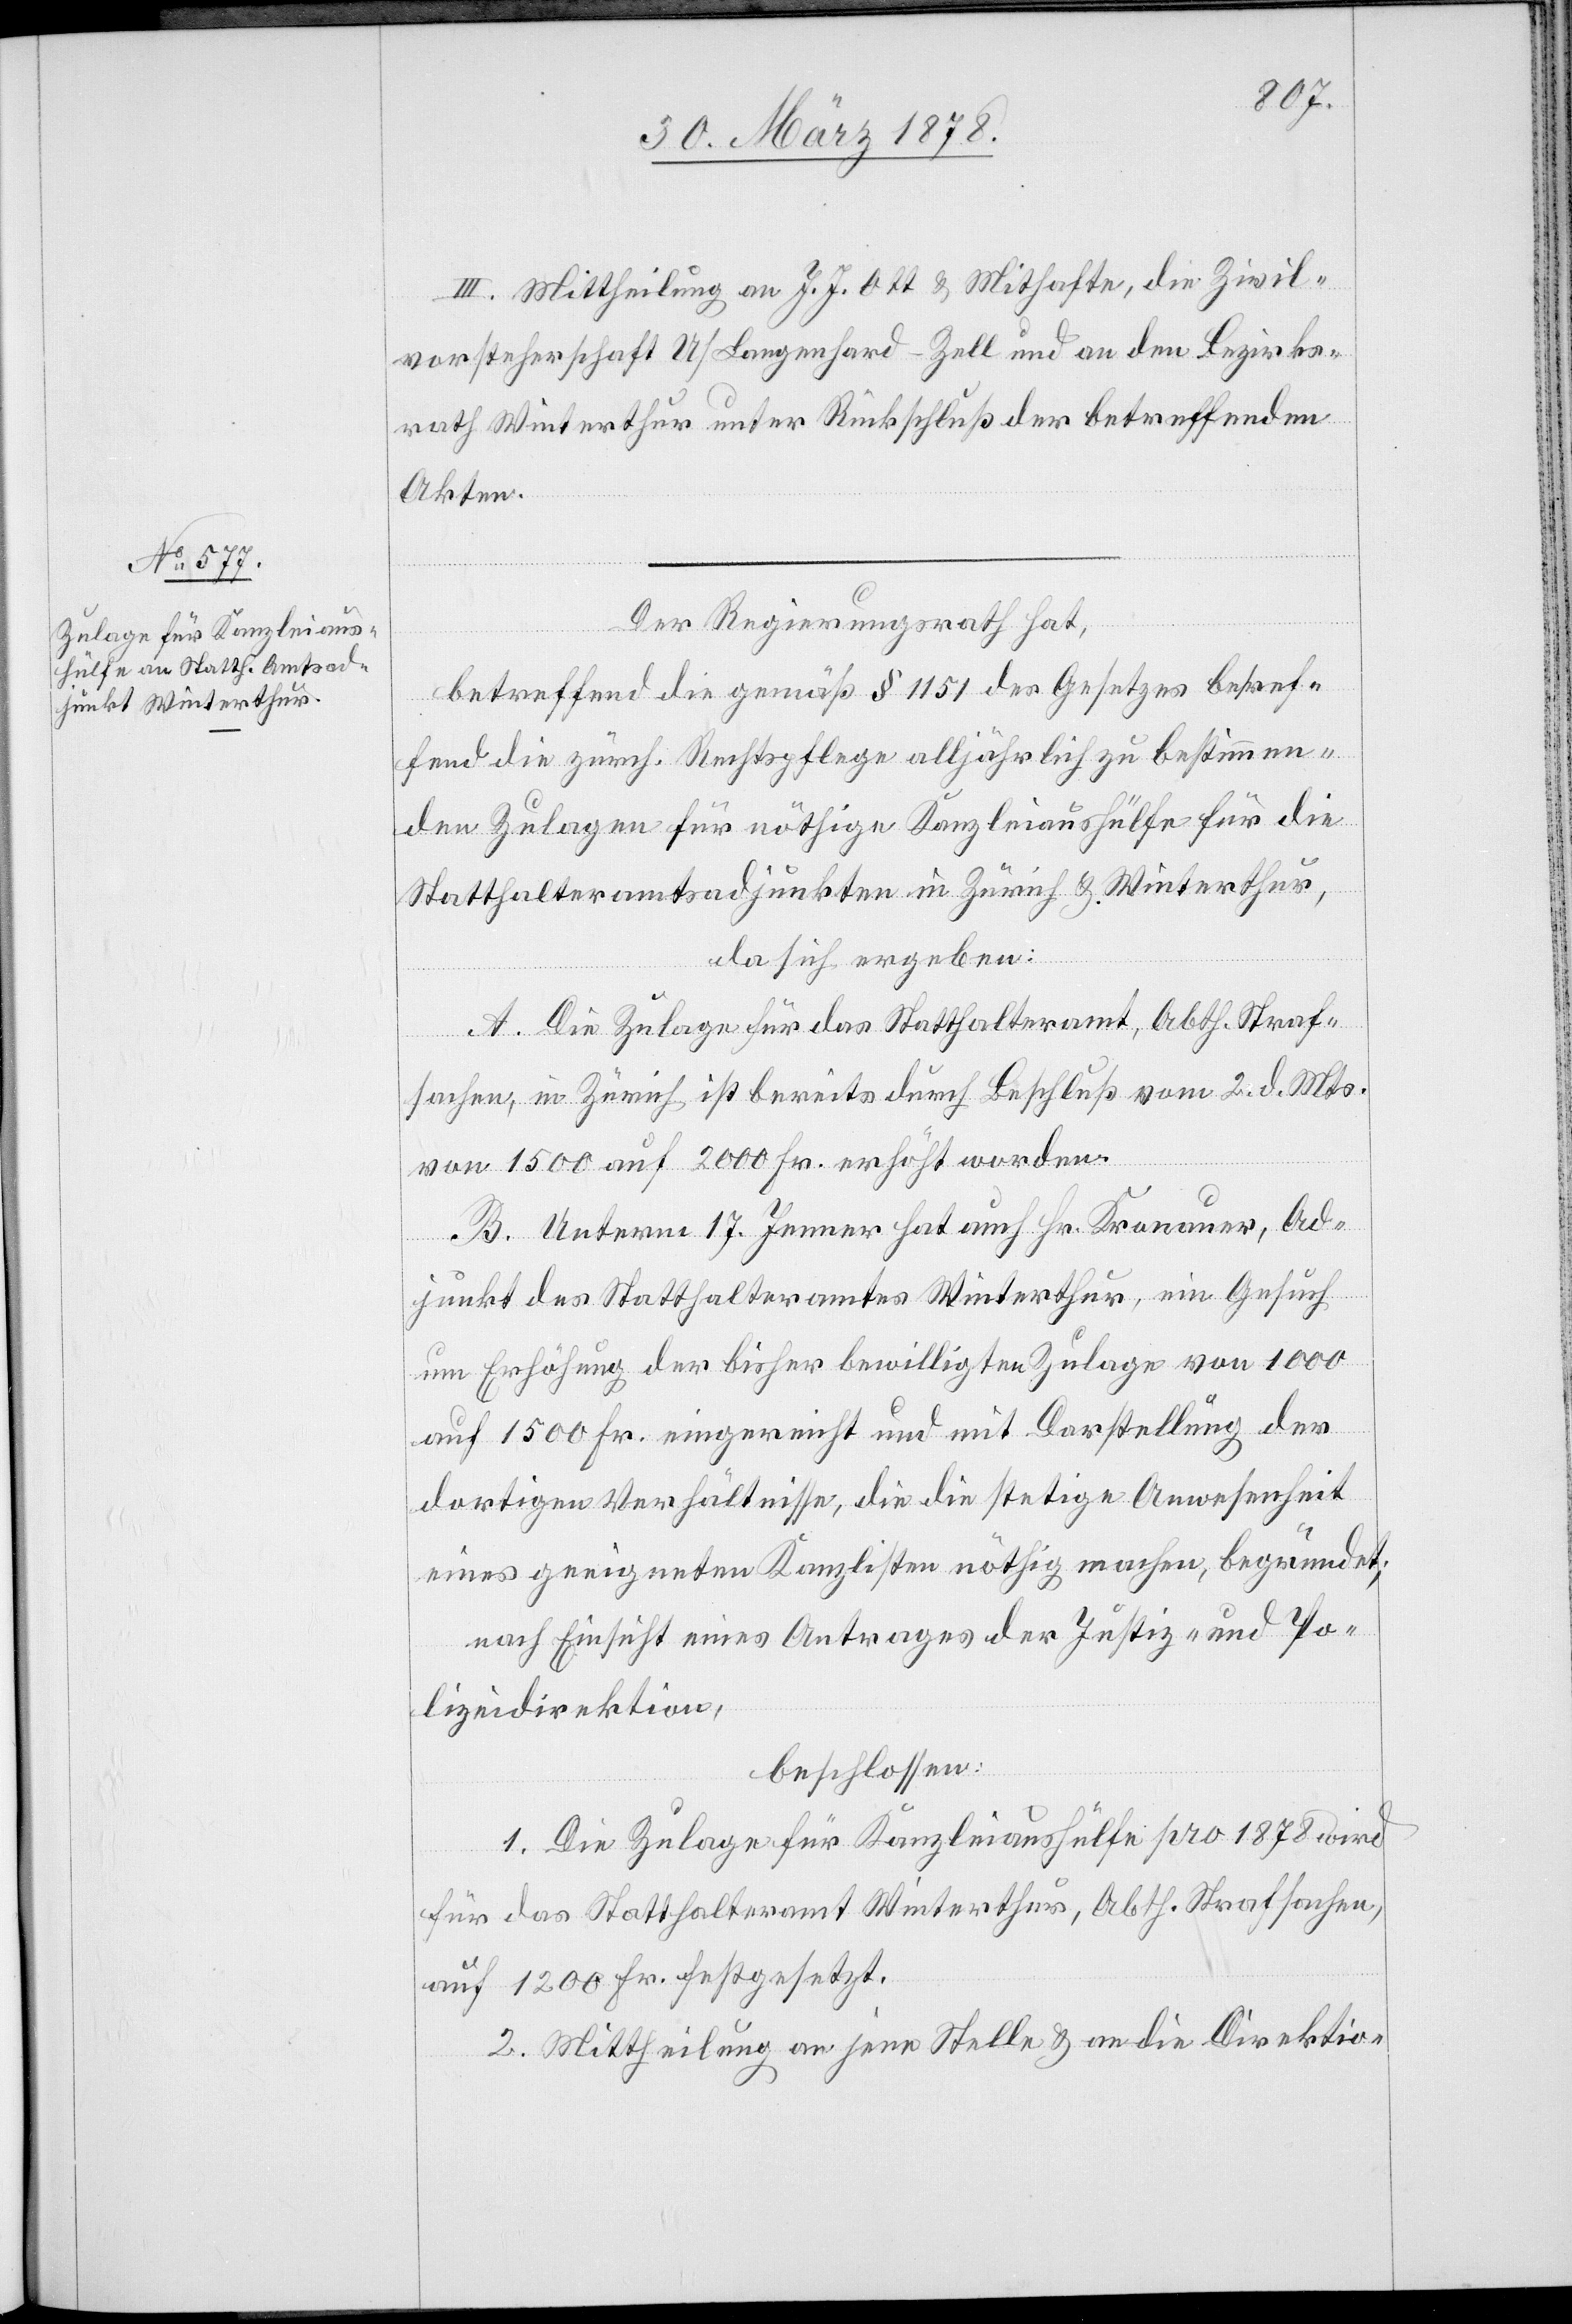
III. Mittheilung an J. J. Ott & Mithafte, die Zivil¬
vorsteherschaft U / Langenhard - Zell und an den Bezirks¬
rath Winterthur unter Rückschluß der betreffenden
Akten.
Der Regierungsrath hat,
betreffend die gemäß § 1151 des Gesetzes betref¬
fend die zürch. Rechtspflege alljährlich zu bestimmen¬
den Zulagen für nöthige Kanzleiaushülfe für die
Statthalteramtsadjunkten in Zürich & Winterthur,
da sich ergeben:
A. Die Zulage für das Statthalteramt, Abth. Straf¬
sachen, in Zürich ist bereits durch Beschluß vom 2. d. Mts.
von 1500 auf 2000 Fr. erhöht worden.
B. Unterm 17. Jenner hat auch Hr. Kronauer, Ad¬
junkt des Statthalteramtes Winterthur, ein Gesuch
um Erhöhung der bisher bewilligten Zulage von 1000
auf 1500 Fr. eingereicht und mit Darstellung der
dortigen Verhältnisse, die die stetige Anwesenheit
eines geeigneten Kanzlisten nöthig machen, begründet;
nach Einsicht eines Antrages der Justiz- und Po¬
lizeidirektion,
beschlossen:
1. Die Zulage für Kanzleiaushülfe pro 1878 wird
für das Statthalteramt Winterthur, Abth. Strafsachen,
auf 1200 Fr. festgesetzt.
2. Mittheilung an jene Stelle & an die Direktion-